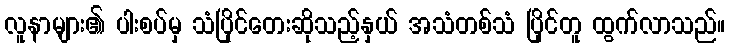
လူနာများ၏ ပါးစပ်မှ သံပြိုင်တေးဆိုသည့်နှယ် အသံတစ်သံ ပြိုင်တူ ထွက်လာသည်။